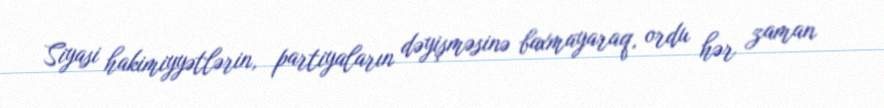
Siyasi hakimiyyətlərin, partiyaların dəyişməsinə baxmayaraq, ordu hər zaman